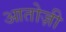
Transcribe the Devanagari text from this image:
आतोज़ी